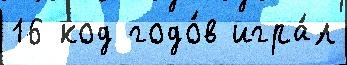
16 код годо́в игра́л